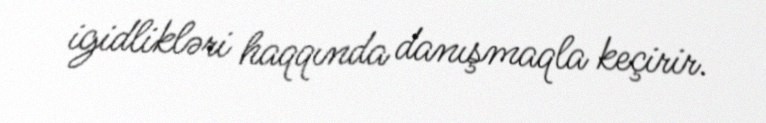
igidlikləri haqqında danışmaqla keçirir.